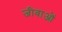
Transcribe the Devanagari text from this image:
जीवाओं